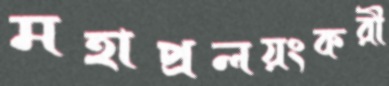
মহাপ্রলয়ংকরী